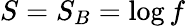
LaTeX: S=S_{B}=\log f